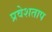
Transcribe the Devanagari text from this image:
प्रवेशताप